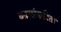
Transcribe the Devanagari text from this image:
काळांकरिता